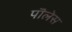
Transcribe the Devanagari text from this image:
पॊलेस